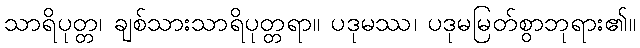
သာရိပုတ္တ၊ ချစ်သားသာရိပုတ္တရာ။ ပဒုမဿ၊ ပဒုမမြတ်စွာဘုရား၏။